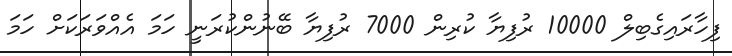
ފިހާރައިގެބިލް 10000 ރުފިޔާ ކުރިން 7000 ރުފިޔާ ބޭނުންކުރަނީ ހަމަ އެއްވަރަކަށް ހަމަ